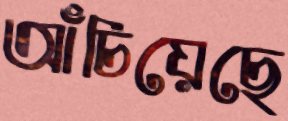
আঁচিয়েছে